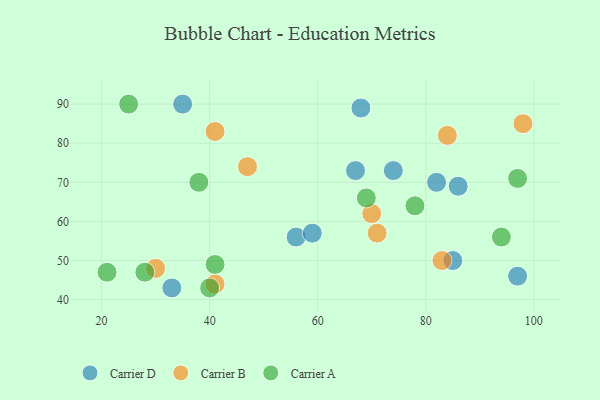
{"axis": {"x": "GDP", "y": "Life Expectancy"}, "legend": ["Carrier A", "Carrier B", "Carrier D"], "data": [{"x": "33", "y": 43, "type": "Carrier D"}, {"x": "82", "y": 70, "type": "Carrier D"}, {"x": "86", "y": 69, "type": "Carrier D"}, {"x": "67", "y": 73, "type": "Carrier D"}, {"x": "85", "y": 50, "type": "Carrier D"}, {"x": "97", "y": 46, "type": "Carrier D"}, {"x": "56", "y": 56, "type": "Carrier D"}, {"x": "59", "y": 57, "type": "Carrier D"}, {"x": "35", "y": 90, "type": "Carrier D"}, {"x": "74", "y": 73, "type": "Carrier D"}, {"x": "68", "y": 89, "type": "Carrier D"}, {"x": "47", "y": 74, "type": "Carrier B"}, {"x": "30", "y": 48, "type": "Carrier B"}, {"x": "84", "y": 82, "type": "Carrier B"}, {"x": "71", "y": 57, "type": "Carrier B"}, {"x": "98", "y": 85, "type": "Carrier B"}, {"x": "41", "y": 83, "type": "Carrier B"}, {"x": "70", "y": 62, "type": "Carrier B"}, {"x": "83", "y": 50, "type": "Carrier B"}, {"x": "41", "y": 44, "type": "Carrier B"}, {"x": "97", "y": 71, "type": "Carrier A"}, {"x": "38", "y": 70, "type": "Carrier A"}, {"x": "78", "y": 64, "type": "Carrier A"}, {"x": "25", "y": 90, "type": "Carrier A"}, {"x": "28", "y": 47, "type": "Carrier A"}, {"x": "40", "y": 43, "type": "Carrier A"}, {"x": "41", "y": 49, "type": "Carrier A"}, {"x": "69", "y": 66, "type": "Carrier A"}, {"x": "94", "y": 56, "type": "Carrier A"}, {"x": "21", "y": 47, "type": "Carrier A"}]}